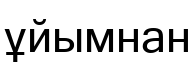
ұйымнан